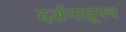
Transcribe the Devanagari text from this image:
दर्शनातूनच